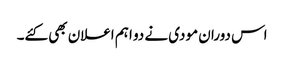
اس دوران مودی نے دو اہم اعلان بھی کئے۔